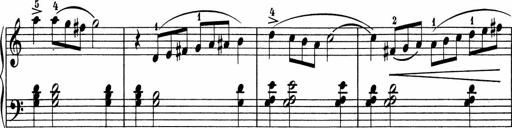
Title: 5 Sonatinen fÃ¼r die Jugend
Composer: Carl Reinecke